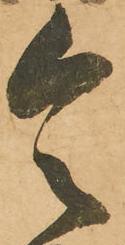
令